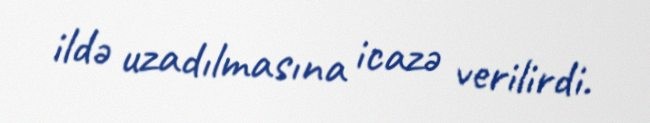
ildə uzadılmasına icazə verilirdi.